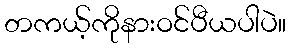
တကယ့်ကိုနားဝင်ပီယပါပဲ။